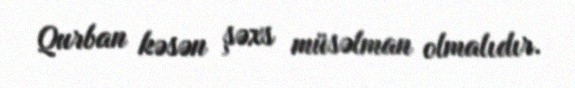
Qurban kəsən şəxs müsəlman olmalıdır.